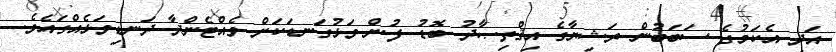
އަދި އެކަމުގެ ސަބަބުން ރަޝިޔާގެ އިޤްތިޞާދު ބޮޑު ފުން ވަޅުގަނޑަކަށް ވެއްޓެންދާ ދަނޑިވަޅެއްގައެވެ.